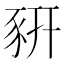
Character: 豣